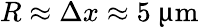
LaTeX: R\approx\Delta x\approx 5~{\upmu\mathrm{m}}